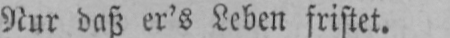
Nur daß er’s Leben fristet.